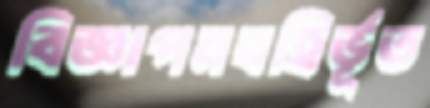
বিজ্ঞাপনবহির্ভূত